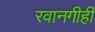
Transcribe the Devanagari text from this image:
रवानगीही